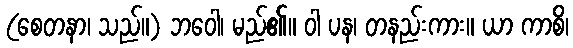
(စေတနာ၊ သည်။) ဘဝေါ၊ မည်၏။ ဝါ ပန၊ တနည်းကား။ ယာ ကာစိ၊